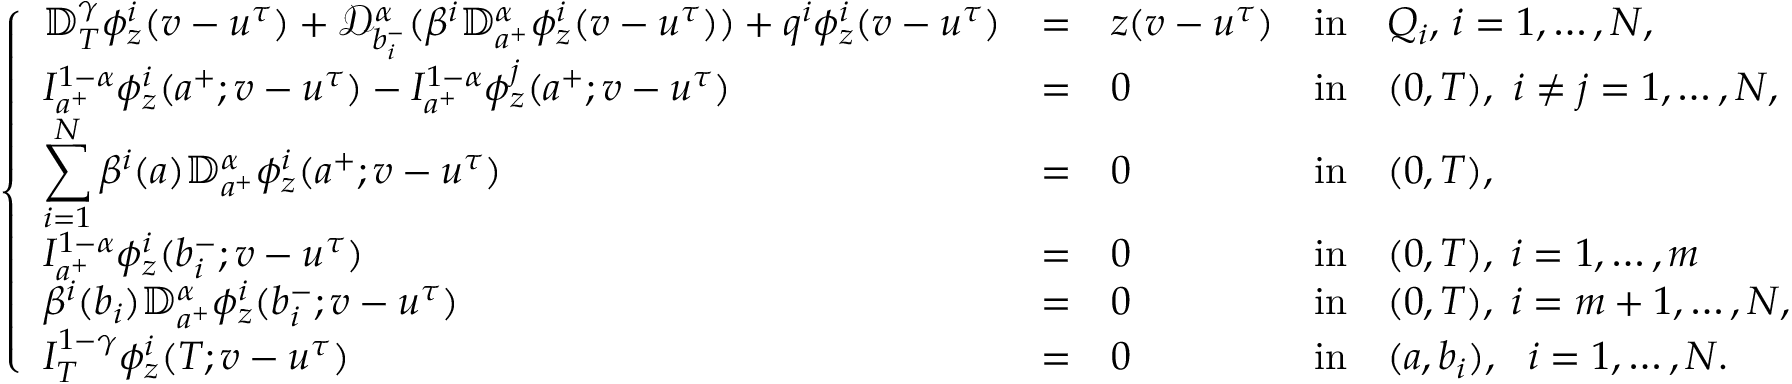
\left\{ \begin{array} { l l l l l l l l l l l l l l l l l } { \displaystyle \mathbb { D } _ { T } ^ { \gamma } \phi _ { z } ^ { i } ( v - u ^ { \tau } ) + \mathcal { D } _ { b _ { i } ^ { - } } ^ { \alpha } ( \beta ^ { i } \mathbb { D } _ { a ^ { + } } ^ { \alpha } \phi _ { z } ^ { i } ( v - u ^ { \tau } ) ) + q ^ { i } \phi _ { z } ^ { i } ( v - u ^ { \tau } ) } & { = } & { z ( v - u ^ { \tau } ) } & { \mathrm { i n } } & { Q _ { i } , \, i = 1 , \dots , N , } \\ { \displaystyle I _ { a ^ { + } } ^ { 1 - \alpha } \phi _ { z } ^ { i } ( a ^ { + } ; v - u ^ { \tau } ) - I _ { a ^ { + } } ^ { 1 - \alpha } \phi _ { z } ^ { j } ( a ^ { + } ; v - u ^ { \tau } ) } & { = } & { 0 } & { \mathrm { i n } } & { ( 0 , T ) , ~ i \neq j = 1 , \dots , N , } \\ { \displaystyle \sum _ { i = 1 } ^ { N } \beta ^ { i } ( a ) \mathbb { D } _ { a ^ { + } } ^ { \alpha } \phi _ { z } ^ { i } ( a ^ { + } ; v - u ^ { \tau } ) } & { = } & { 0 } & { \mathrm { i n } } & { ( 0 , T ) , } \\ { \displaystyle I _ { a ^ { + } } ^ { 1 - \alpha } \phi _ { z } ^ { i } ( b _ { i } ^ { - } ; v - u ^ { \tau } ) } & { = } & { 0 } & { \mathrm { i n } } & { ( 0 , T ) , \; i = 1 , \dots , m } \\ { \displaystyle \beta ^ { i } ( b _ { i } ) \mathbb { D } _ { a ^ { + } } ^ { \alpha } \phi _ { z } ^ { i } ( b _ { i } ^ { - } ; v - u ^ { \tau } ) } & { = } & { 0 } & { \mathrm { i n } } & { ( 0 , T ) , \; i = m + 1 , \dots , N , } \\ { \displaystyle I _ { T } ^ { 1 - \gamma } \phi _ { z } ^ { i } ( T ; v - u ^ { \tau } ) } & { = } & { 0 } & { \mathrm { i n } } & { ( a , b _ { i } ) , ~ ~ i = 1 , \dots , N . } \end{array} \right.